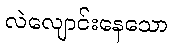
လဲလျောင်းနေသော